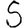
Digit: 5